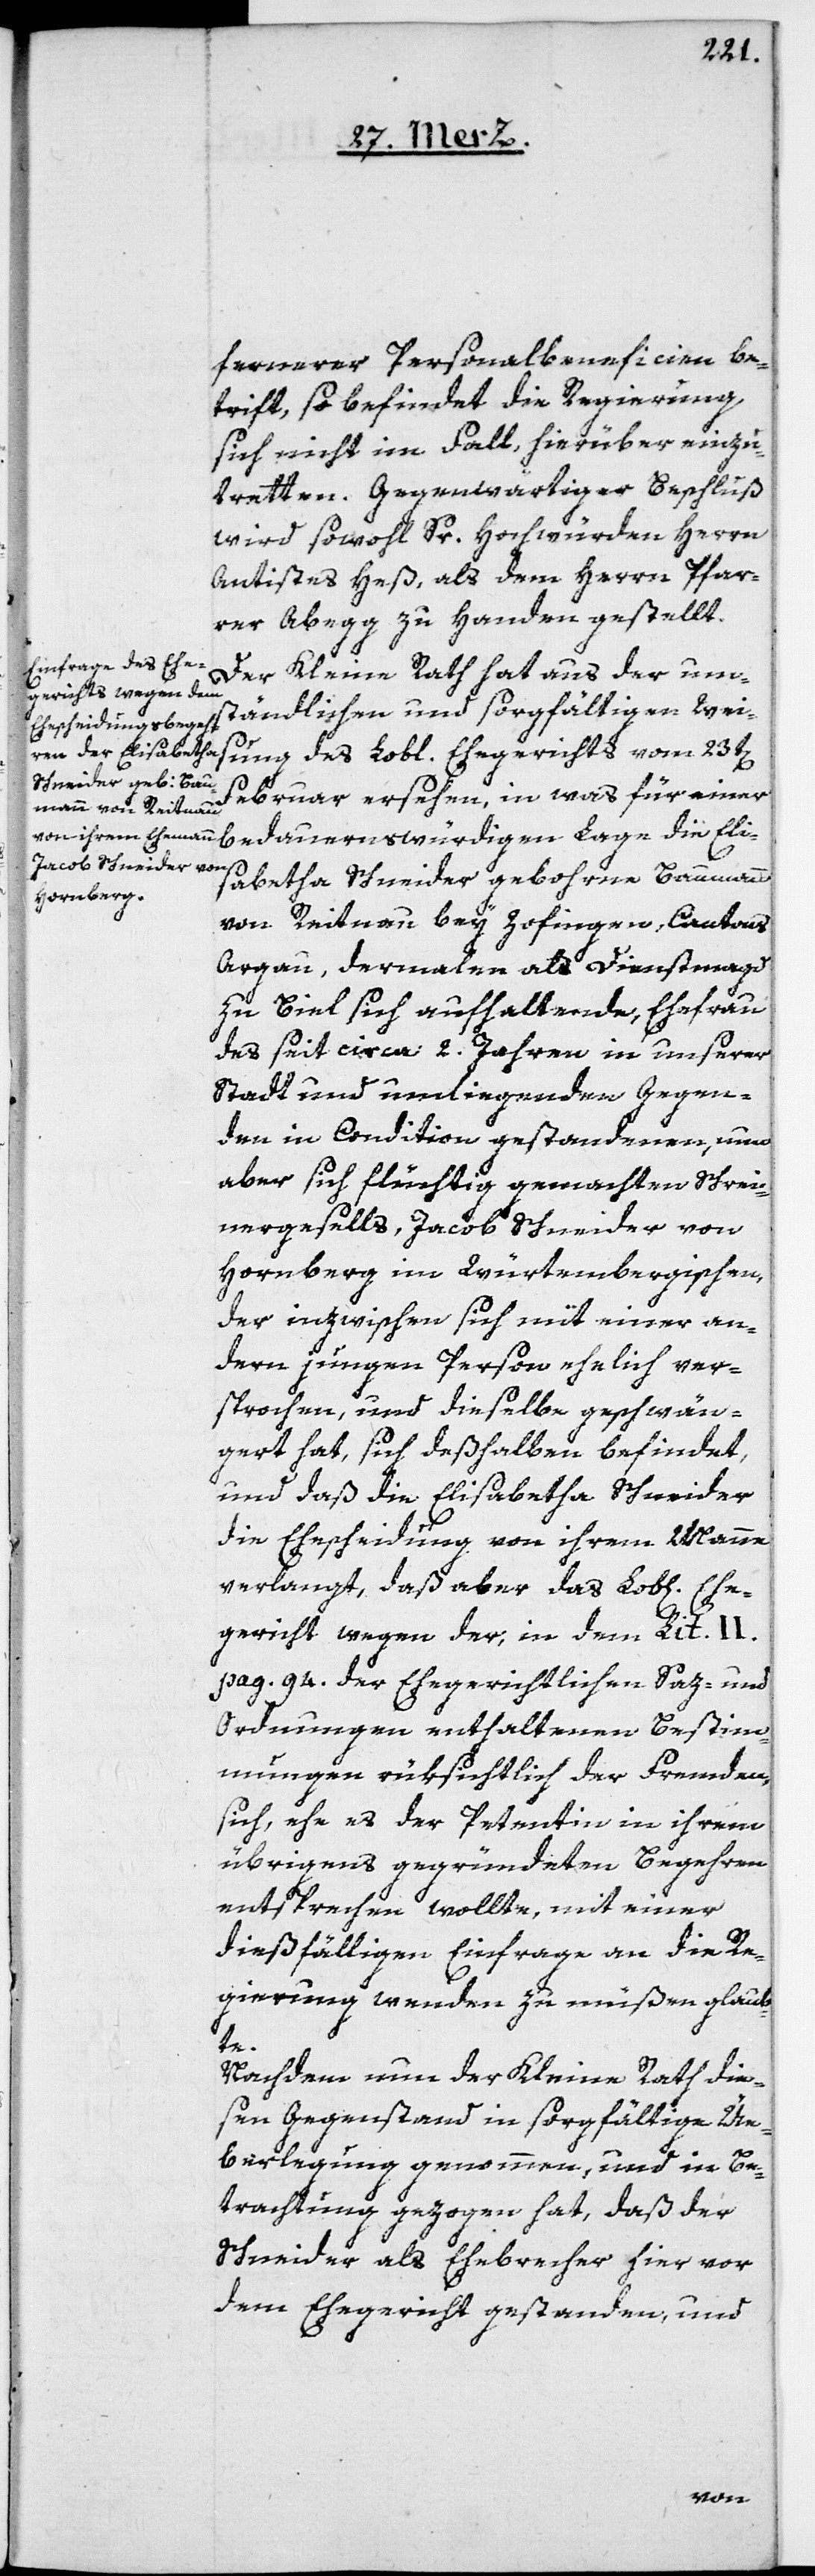
fernerer Personalbeneficien be¬
trifft, so befindet die Regierung
sich nicht im Fall, hierüber einzu¬
tretten. Gegenwärtiger Beschluß
wird sowohl Sr. Hochwürden Herrn
Antistes Heß als dem Herrn Pfar¬
rer Abegg zu Handen gestellt.
Der Kleine Rath hat aus der um¬
ständlichen und sorgfältigen Wei¬
sung des Lobl. Ehegerichts vom 23t[en]
Februar ersehen, in was für einer
bedauernswürdigen Lage die Eli¬
sabetha Schneider, gebohrne Baumann
von Reitnau bey Zofingen, Cantons
Argau, dermalen als Dienstmagd
zu Biel sich aufhaltende, Ehefrau
des seit ca. 2. Jahren in unserer
Stadt und umliegenden Gegen¬
den in Condition gestandenen, nun
aber sich flüchtig gemachten Schrei¬
nergesells, Jacob Schneider von
Hornberg im Würtembergischen,
der inzwischen sich mit einer an¬
dern jungen Person ehelich ver¬
sprochen, und dieselbe geschwän¬
gert hat, sich deßhalben befindet,
und daß die Elisabetha Schneider
die Ehescheidung von ihrem Manne
verlangt, daß aber das Lob[liche]
gericht wegen der, in dem Lit. II
pag. 94. der Ehegerichtlichen Saz- und
Ordnungen enthaltenen Bestim¬
mungen rüksichtlich der Fremden,
sich, ehe es der Petentin in ihrem
übrigens gegründeten Begehren
entsprechen wollte, mit einer
dießfälligen Einfrage an die Re¬
gierung wenden zu müßen glaub¬
te.
Nachdem nun der Kleine Rath die¬
sen Gegenstand in sorgfältige Üe¬
berlegung genommen, und in Be¬
trachtung gezogen hat, daß der
Schneider als Eheberecher hier vor
dem Ehegericht gestanden, und